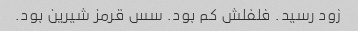
زود رسید. فلفلش کم بود. سس قرمز شیرین بود.